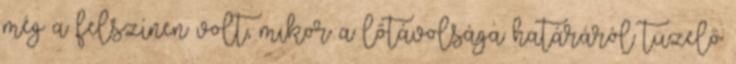
még a felszínen volt, mikor a lőtávolsága határáról tüzelő